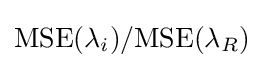
{\mbox{MSE}}(\lambda _{i})/{\mbox{MSE}}(\lambda _{R})